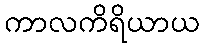
ကာလကိရိယာယ